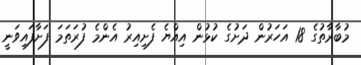
މުބާރާތުގެ 18 އަހަރުން ދަށުގެ ކުޅުން އިއްޔެ ފެށިއިރު އެންމެ ފުރަތަމަ ފަށާފައިވަނީ